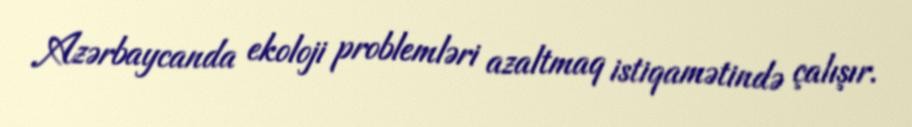
Azərbaycanda ekoloji problemləri azaltmaq istiqamətində çalışır.